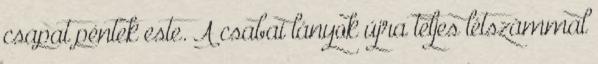
csapat péntek este. A csabai lányok újra teljes létszámmal